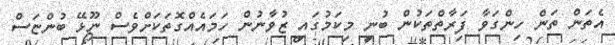
އެތަން ތަން ހިންގަވާ ފަރާތްތަކުން ބުނީ މިކަމުގައި ޒުވާނުން ހަމައެއްގޮތަކަށްވެސް ނޫޅޭ ބުންޏަސް